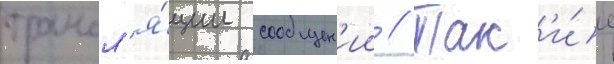
трансл'я́ции сообщен'ии // Так'и́е